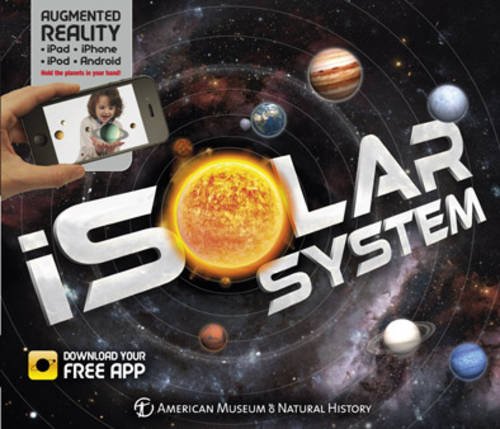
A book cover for iSolar System: An Augmented Reality Book; Science & Math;